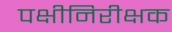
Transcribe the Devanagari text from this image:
पक्षीनिरीक्षक